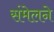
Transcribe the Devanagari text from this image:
संंमेलने